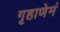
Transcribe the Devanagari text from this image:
गृहाणेमं